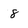
Character: 8